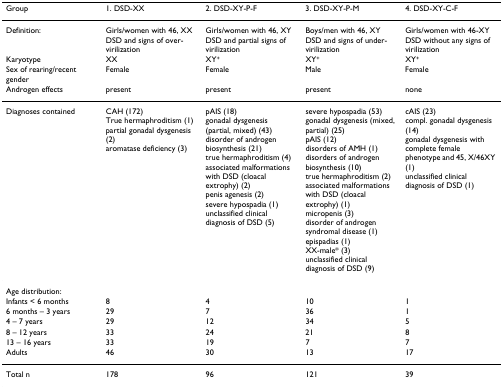
<table><thead><tr><td><b>Group</b></td><td><b>1. DSD-XX</b></td><td><b>2. DSD-XY-P-F</b></td><td><b>3. DSD-XY-P-M</b></td><td><b>4. DSD-XY-C-F</b></td></tr></thead><tbody><tr><td>Definition:</td><td>Girls/women with 46, XX DSD and signs of over-virilization</td><td>Girls/women with 46, XY DSD and partial signs of virilization</td><td>Boys/men with 46, XY DSD and signs of under-virilization</td><td>Girls/women with 46-XY DSD without any signs of virilization</td></tr><tr><td>Karyotype</td><td>XX</td><td>XY<sup>+</sup></td><td>XY<sup>+</sup></td><td>XY<sup>+</sup></td></tr><tr><td>Sex of rearing/recent gender</td><td>Female</td><td>Female</td><td>Male</td><td>Female</td></tr><tr><td>Androgen effects</td><td>present</td><td>present</td><td>present</td><td>none</td></tr><tr><td>Diagnoses contained</td><td>CAH (172)True hermaphroditism (1)partial gonadal dysgenesis (2)aromatase deficiency (3)</td><td>pAIS (18)gonadal dysgenesis(partial, mixed) (43)disorder of androgen biosynthesis (21)true hermaphroditism (4)associated malformations with DSD (cloacal extrophy) (2)penis agenesis (2)severe hypospadia (1)unclassified clinical diagnosis of DSD (5)</td><td>severe hypospadia (53)gonadal dysgenesis (mixed, partial) (25)pAIS (12)disorders of AMH (1)disorders of androgen biosynthesis (10)true hermaphroditism (2)associated malformations with DSD (cloacal extrophy) (1)micropenis (3)disorder of androgen syndromal disease (1)epispadias (1)XX-male* (3)unclassified clinical diagnosis of DSD (9)</td><td>cAIS (23)compl. gonadal dysgenesis (14)gonadal dysgenesis with complete female phenotype and 45, X/46XY (1)unclassified clinical diagnosis of DSD (1)</td></tr><tr><td>Age distribution:</td><td>[EMPTY_CELL]</td><td>[EMPTY_CELL]</td><td>[EMPTY_CELL]</td><td>[EMPTY_CELL]</td></tr><tr><td>Infants &lt; 6 months</td><td>8</td><td>4</td><td>10</td><td>1</td></tr><tr><td>6 months – 3 years</td><td>29</td><td>7</td><td>36</td><td>1</td></tr><tr><td>4 – 7 years</td><td>29</td><td>12</td><td>34</td><td>5</td></tr><tr><td>8 – 12 years</td><td>33</td><td>24</td><td>21</td><td>8</td></tr><tr><td>13 – 16 years</td><td>33</td><td>19</td><td>7</td><td>7</td></tr><tr><td>Adults</td><td>46</td><td>30</td><td>13</td><td>17</td></tr><tr><td>Total n</td><td>178</td><td>96</td><td>121</td><td>39</td></tr></tbody></table>